Vaccination in Burma 1912-1922 - 1912-1922
Year: 1912
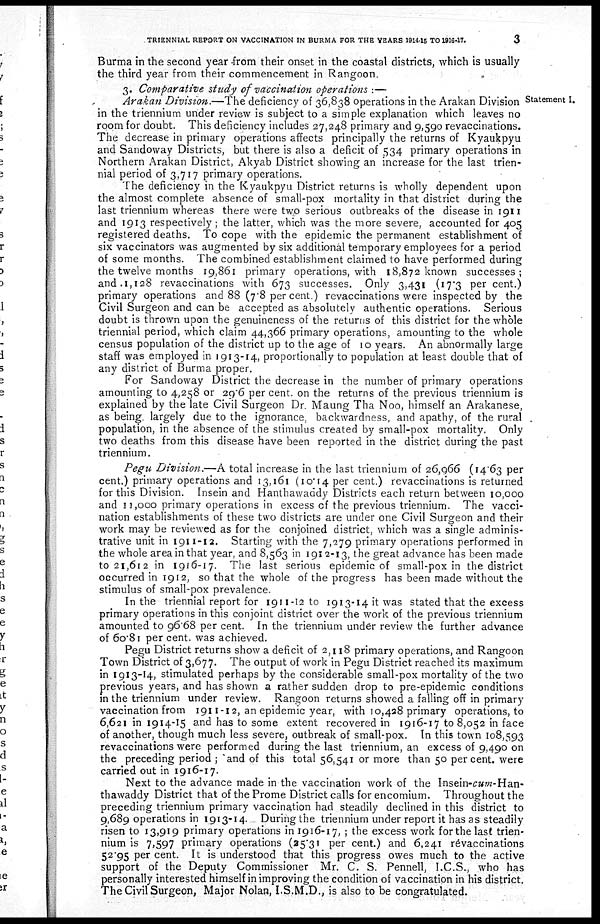
TRIENNIAL REPORT ON VACCINATION IN BURMA FOR THE YEARS 1914-15 TO 1916-17.
3
Burma in the second year from their onset in the coastal districts, which is usually
the third year from their commencement in Rangoon.
Statement I.
3. Comparative study of vaccination operations :—
Arakan Division.—The deficiency of 36,838 operations in the Arakan Division
in the triennium under review is subject to a simple explanation which leaves no
room for doubt. This deficiency includes 27,248 primary and 9,590 revaccinations.
The decrease in primary operations affects principally the returns of Kyaukpyu
and Sandoway Districts, but there is also a deficit of 534 primary operations in
Northern Arakan District, Akyab District showing an increase for the last trien-
nial period of 3,717 primary operations.
The deficiency in the Kyaukpyu District returns is wholly dependent upon
the almost complete absence of small-pox mortality in that district during the
last triennium whereas there were two serious outbreaks of the disease in 1911
and 1913 respectively; the latter, which was the more severe, accounted for 405
registered deaths. To cope with the epidemic the permanent establishment of
six vaccinators was augmented by six additional temporary employees for a period
of some months. The combined establishment claimed to have performed during
the twelve months 19,861 primary operations, with 18,872 known successes;
and 1,128 revaccinations with 673 successes. Only 3,431 (17.3 per cent.)
primary operations and 88 (7.8 per cent.) revaccinations were inspected by the
Civil Surgeon and can be accepted as absolutely authentic operations. Serious
doubt is thrown upon the genuineness of the returns of this district for the whole
triennial period, which claim 44,366 primary operations, amounting to the whole
census population of the district up to the age of 10 years. An abnormally large
staff was employed in 1913-14, proportionally to population at least double that of
any district of Burma proper.
For Sandoway District the decrease in the number of primary operations
amounting to 4,258 or 29.6 per cent. on the returns of the previous triennium is
explained by the late Civil Surgeon Dr. Maung Tha Noo, himself an Arakanese,
as being largely due to the ignorance, backwardness, and apathy, of the rural
population, in the absence of the stimulus created by small-pox mortality. Only
two deaths from this disease have been reported in the district during the past
triennium.
Pegu Division.—A total increase in the last triennium of 26,966 (14.63 per
cent.) primary operations and 13,161 (10.14 per cent.) revaccinations is returned
for this Division. Insein and Hanthawaddy Districts each return between 10,000
and 11,000 primary operations in excess of the previous triennium. The vacci-
nation establishments of these two districts are under one Civil Surgeon and their
work may be reviewed as for the conjoined district, which was a single adminis-
trative unit in 1911-12. Starting with the 7,279 primary operations performed in
the whole area in that year, and 8,563 in 1912-13, the great advance has been made
to 21,612 in 1916-17. The last serious epidemic of small-pox in the district
occurred in 1912, so that the whole of the progress has been made without the
stimulus of small-pox prevalence.
In the triennial report for 1911-12 to 1913-14 it was stated that the excess
primary operations in this conjoint district over the work of the previous triennium
amounted to 96.68 per cent. In the triennium under review the further advance
of 60.81 per cent. was achieved.
Pegu District returns show a deficit of 2,118 primary operations, and Rangoon
Town District of 3,677. The output of work in Pegu District reached its maximum
in 1913-14, stimulated perhaps by the considerable small-pox mortality of the two
previous years, and has shown a rather sudden drop to pre-epidemic conditions
in the triennium under review. Rangoon returns showed a falling off in primary-
vaccination from 1911-12, an epidemic year, with 10,428 primary operations, to
6,621 in 1914-15 and has to some extent recovered in 1916-17 to 8,052 in face
of another, though much less severe, outbreak of small-pox. In this town 108,593
revaccinations were performed during the last triennium, an excess of 9,490 on
the preceding period ; and of this total 56,541 or more than 50 per cent. were
carried out in 1916-17.
Next to the advance made in the vaccination work of the Insein-cum-Han-
thawaddy District that of the Prome District calls for encomium. Throughout the
preceding triennium primary vaccination had steadily declined in this district to
9,689 operations in 1913-14. During the triennium under report it has as steadily
risen to 13,919 primary operations in 1916-17, ; the excess work for the last trien-
nium is 7,597 primary operations (25.31 per cent.) and 6,241 revaccinations
52.95 per cent. It is understood that this progress owes much to the active
support of the Deputy Commissioner Mr. C. S. Pennell, I.C.S., who has
personally interested himself in improving the condition of vaccination in his district.
The Civil Surgeon, Major Nolan, I.S.M.D., is also to be congratulated.